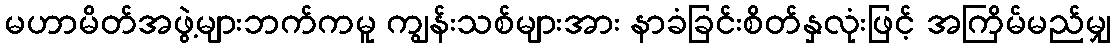
မဟာမိတ်အဖွဲ့များဘက်ကမူ ကျွန်းသစ်များအား နာခံခြင်းစိတ်နှလုံးဖြင့် အကြိမ်မည်မျှ